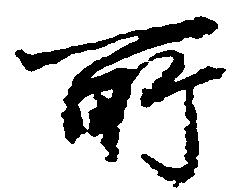
所